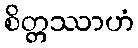
စိတ္တဿာဟံ